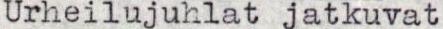
Urheilujuhlat jatkuvat